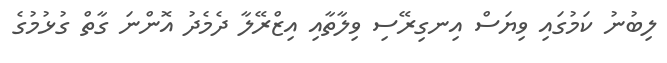
ލިބުނު ކަމުގައި ވިޔަސް އިނގިރޭސި ވިލާތާއި އިޒްރޭލާ ދެމެދު އޮންނަ ގާތް ގުޅުމުގެ